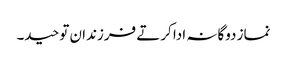
نماز دوگانہ ادا کرتے فرزندان توحید۔